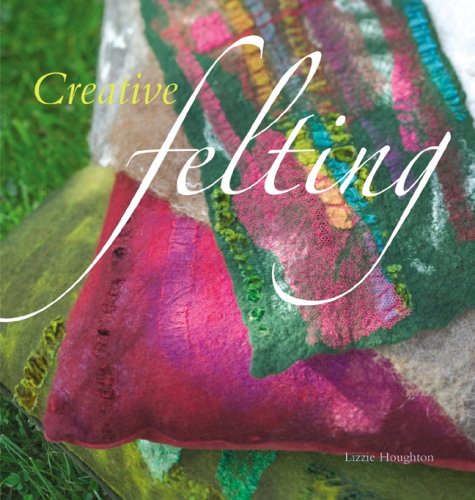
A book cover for Creative Felting; Lizzie Houghton; Crafts, Hobbies & Home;